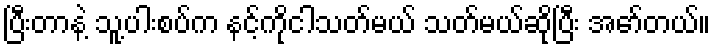
ပြီးတာနဲ့ သူ့ပါးစပ်က နင့်ကိုငါသတ်မယ် သတ်မယ်ဆိုပြီး အော်တယ်။